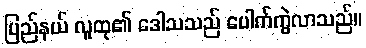
ပြည်နယ် လူထု၏ ဒေါသသည် ပေါက်ကွဲလာသည်။